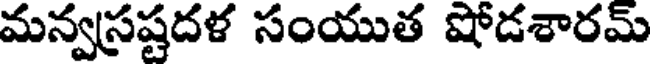
మన్వస్రష్టదళ సంయుత షోడశారమ్